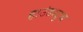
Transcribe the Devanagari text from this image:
हाउंडस्टूथ